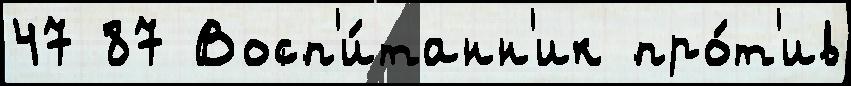
47 87 Восп'и́танн'ик про́т'ив